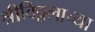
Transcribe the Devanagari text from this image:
श्रीविठ्ठलाच्या